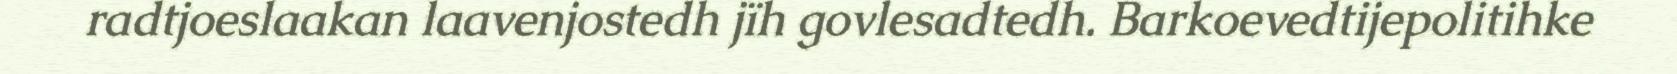
radtjoeslaakan laavenjostedh jïh govlesadtedh. Barkoevedtijepolitihke